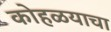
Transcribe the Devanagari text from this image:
कोहळयाचा